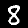
Label: 8